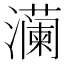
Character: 𬉠